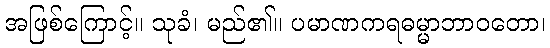
အဖြစ်ကြောင့်။ သုခံ၊ မည်၏။ ပမာဏကရဓမ္မာဘာဝတော၊